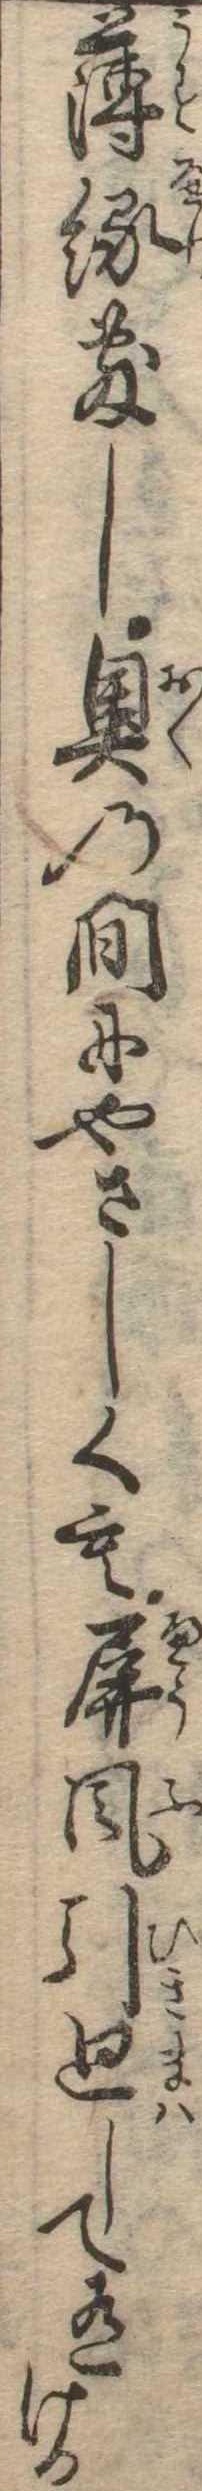
薄縁敷し奥の間にやさしくも屏風引廻して有ける